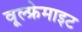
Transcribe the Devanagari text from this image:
वूल्फ्रेमाइट